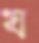
য